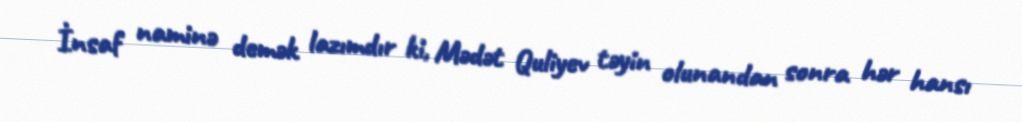
İnsaf naminə demək lazımdır ki, Mədət Quliyev təyin olunandan sonra hər hansı